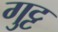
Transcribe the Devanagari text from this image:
गुट्ट